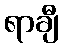
ရာချီ